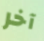
آخر